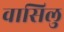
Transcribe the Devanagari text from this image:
वासिलु